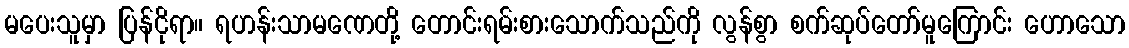
မပေးသူမှာ ပြန်ငိုရာ။ ရဟန်းသာမဏေတို့ တောင်းရမ်းစားသောက်သည်ကို လွန်စွာ စက်ဆုပ်တော်မူကြောင်း ဟောသော